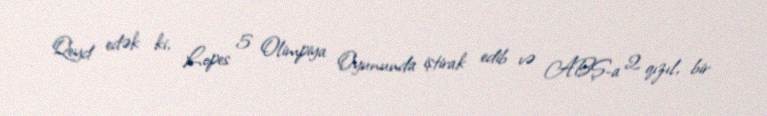
Qeyd edək ki, Lopes 5 Olimpiya Oyununda iştirak edib və ABŞ-a 2 qızıl, bir